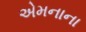
એમનાના